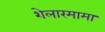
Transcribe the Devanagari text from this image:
शेलारमामा